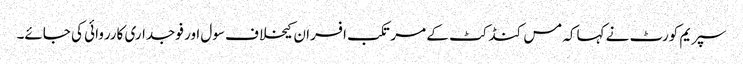
سپریم کورٹ نے کہاکہ مس کنڈکٹ کے مرتکب افسران کیخلاف سول اور فوجداری کارروائی کی جائے۔